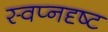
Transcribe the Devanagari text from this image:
स्वप्नदृष्ट